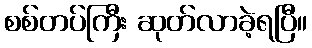
စစ်တပ်ကြီး ဆုတ်လာခဲ့ရပြီ။